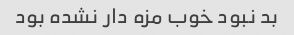
بد نبود خوب مزه دار نشده بود